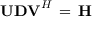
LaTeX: \mathbf { U D V } ^ { H } \, = \, \mathbf { H }